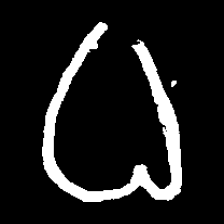
Pyu character \u2014 Myanmar letter: ဓ (romanized: dha)